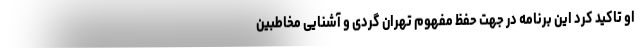
او تاکید کرد این برنامه در جهت حفظ مفهوم تهران گردی و آشنایی مخاطبین